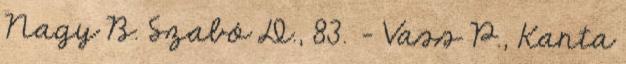
Nagy B. Szabó D., 83. – Vass P., Kanta